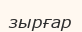
зырғар